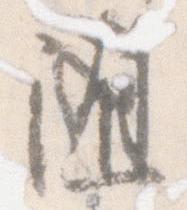
随